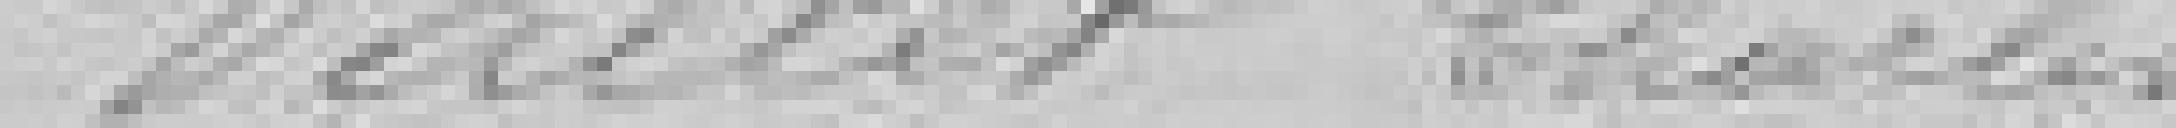
Vallet Charles